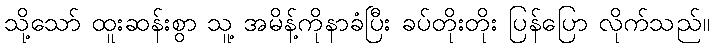
သို့သော် ထူးဆန်းစွာ သူ့ အမိန့်ကိုနာခံပြီး ခပ်တိုးတိုး ပြန်ပြော လိုက်သည်။